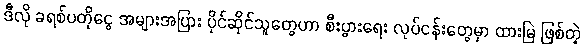
ဒီလို ခရစ်ပတိုငွေ အများအပြား ပိုင်ဆိုင်သူတွေဟာ စီးပွားရေး လုပ်ငန်းတွေမှာ ထားမြဲ ဖြစ်တဲ့